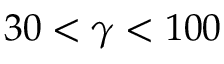
3 0 < \gamma < 1 0 0